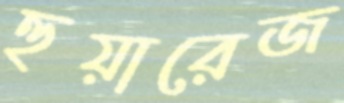
হুয়ারেজ